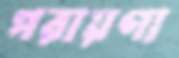
পরায়ণা